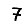
Digit: 7